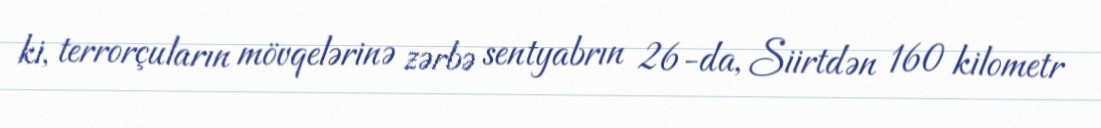
ki, terrorçuların mövqelərinə zərbə sentyabrın 26-da, Siirtdən 160 kilometr